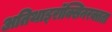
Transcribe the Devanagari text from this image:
अतिथाइरॉक्सिनरक्तता